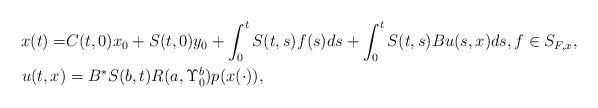
LaTeX: \begin{align*}x(t)=&C(t,0)x_0+S(t,0)y_0+\int_0^t S(t,s)f(s)ds+\int_0^t S(t,s)Bu(s,x)ds,f\in S_{F,x},\\u(t,x)&=B^*S(b,t)R(a,\Upsilon_0^b)p(x(\cdot)),\end{align*}